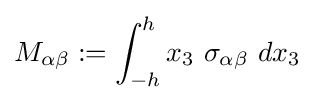
M_{\alpha \beta }:=\int _{-h}^{h}x_{3}~\sigma _{\alpha \beta }~dx_{3}